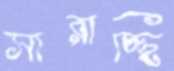
সারাচ্ছি